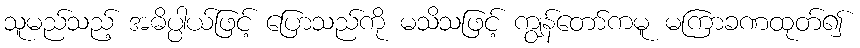
သူမည်သည့် အဓိပ္ပါယ်ဖြင့် ပြောသည်ကို မသိသဖြင့် ကျွန်တော်ကမူ မကြာခဏထုတ်၍